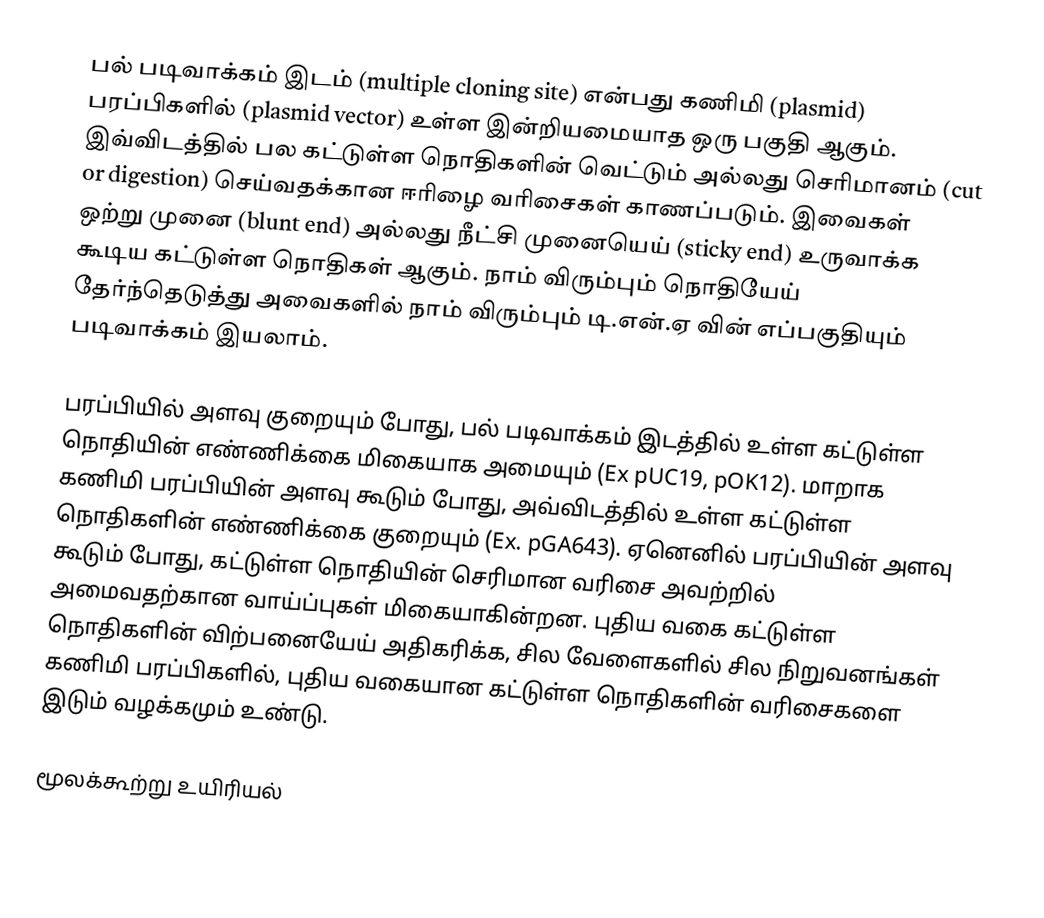
பல் படிவாக்கம் இடம் (multiple cloning site) என்பது கணிமி (plasmid) பரப்பிகளில் (plasmid vector) உள்ள இன்றியமையாத ஒரு பகுதி ஆகும். இவ்விடத்தில் பல கட்டுள்ள நொதிகளின் வெட்டும் அல்லது செரிமானம் (cut or digestion) செய்வதக்கான ஈரிழை வரிசைகள் காணப்படும். இவைகள் ஒற்று முனை (blunt end) அல்லது நீட்சி முனையெய் (sticky end) உருவாக்க கூடிய கட்டுள்ள நொதிகள் ஆகும். நாம் விரும்பும் நொதியேய் தேர்ந்தெடுத்து அவைகளில் நாம் விரும்பும் டி.என்.ஏ வின் எப்பகுதியும் படிவாக்கம் இயலாம்.

பரப்பியில் அளவு குறையும் போது, பல் படிவாக்கம் இடத்தில் உள்ள கட்டுள்ள நொதியின் எண்ணிக்கை மிகையாக அமையும் (Ex pUC19, pOK12). மாறாக கணிமி பரப்பியின் அளவு கூடும் போது, அவ்விடத்தில் உள்ள கட்டுள்ள நொதிகளின் எண்ணிக்கை குறையும் (Ex. pGA643). ஏனெனில் பரப்பியின் அளவு கூடும் போது, கட்டுள்ள நொதியின் செரிமான வரிசை அவற்றில் அமைவதற்கான வாய்ப்புகள் மிகையாகின்றன. புதிய வகை கட்டுள்ள நொதிகளின் விற்பனையேய் அதிகரிக்க, சில வேளைகளில் சில நிறுவனங்கள் கணிமி பரப்பிகளில், புதிய வகையான கட்டுள்ள நொதிகளின் வரிசைகளை இடும் வழக்கமும் உண்டு.

மூலக்கூற்று உயிரியல்